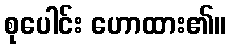
စုပေါင်း ဟောထား၏။